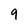
Character: 9